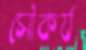
সৌকর্য